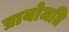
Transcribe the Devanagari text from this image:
प्रायोजति